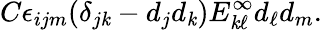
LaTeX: C\epsilon_{ijm}(\delta_{j\mathit{k}}-d_{j}d_{\mathit{k}})E_{\mathit{k}\ell}^{\infty}d_{\ell}d_{m}.